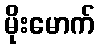
မိုးမောက်